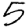
Digit: 5